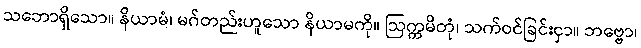
သဘောရှိသော။ နိယာမံ၊ မဂ်တည်းဟူသော နိယာမကို။ ဩက္ကမိတုံ၊ သက်ဝင်ခြင်းငှာ။ ဘဗ္ဗော၊